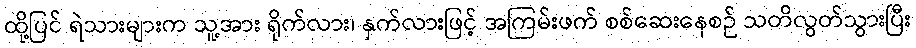
ထို့ပြင် ရဲသားများက သူ့အား ရိုက်လား၊ နှက်လားဖြင့် အကြမ်းဖက် စစ်ဆေးနေစဉ် သတိလွတ်သွားပြီး